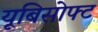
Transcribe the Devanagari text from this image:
यूबिसोफ्ट